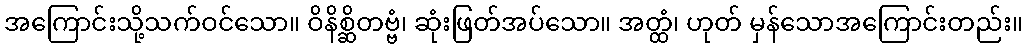
အကြောင်းသို့သက်ဝင်သော။ ဝိနိစ္ဆိတဗ္ဗံ၊ ဆုံးဖြတ်အပ်သော။ အတ္ထံ၊ ဟုတ် မှန်သောအကြောင်းတည်း။